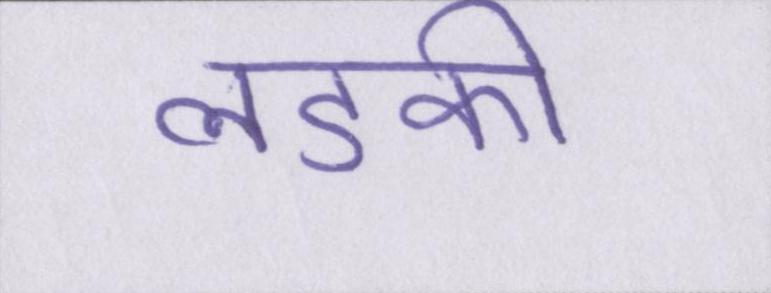
लडकी